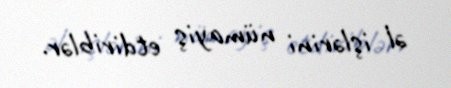
əl işlərini nümayiş etdiriblər.